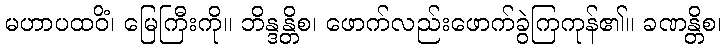
မဟာပထဝိံ၊ မြေကြီးကို။ ဘိန္ဒန္တိစ၊ ဖောက်လည်းဖောက်ခွဲကြကုန်၏။ ခဏန္တိစ၊